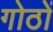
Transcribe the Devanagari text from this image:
गोठों